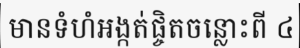
មានទំហំអង្កត់ផ្ចិតចន្លោះពី ៤